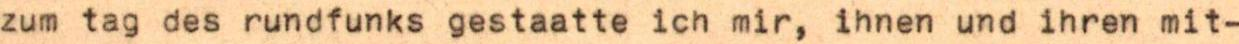
zum tag des rundfunks gestaatte ich mir, ihnen und ihren mit-